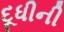
દૂધીની